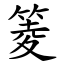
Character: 䈊